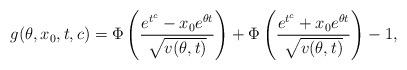
LaTeX: \begin{align*}g(\theta,x_0,t,c)=\Phi\left(\frac{e^{t^c}-x_0e^{\theta t}}{\sqrt{v(\theta,t)}}\right)+\Phi\left(\frac{e^{t^c}+x_0e^{\theta t}}{\sqrt{v(\theta,t)}}\right)-1,\end{align*}